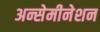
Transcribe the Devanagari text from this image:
अन्सेमीनेशन